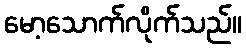
မော့သောက်လိုက်သည်။